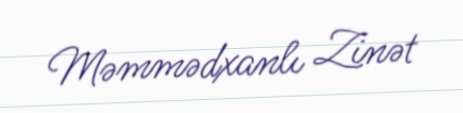
Məmmədxanlı Zinət